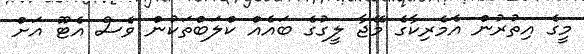
މީގެ އިތުރުން އެމެރިކާގެ މޭޖާ ލީގުގެ ބައެއް ކްލަބްތަކުން ވެސް އެޓޫ އަށް